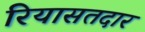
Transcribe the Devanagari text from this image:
रियासतदार